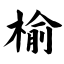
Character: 榆